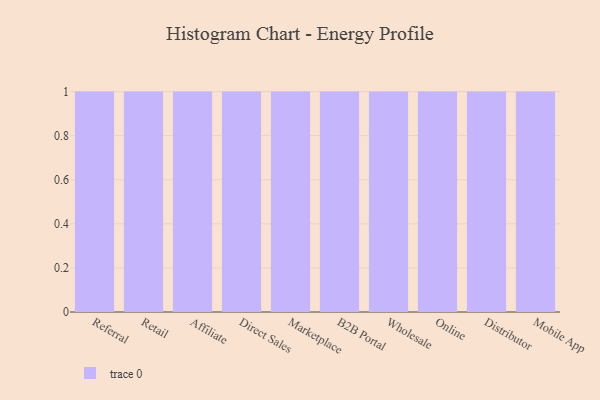
{"axis": {"x": "Channel", "y": "Gross Profit (USD K)"}, "legend": [""], "data": [{"x": "Referral", "y": 19, "type": ""}, {"x": "Retail", "y": 32, "type": ""}, {"x": "Affiliate", "y": 67, "type": ""}, {"x": "Direct Sales", "y": 6, "type": ""}, {"x": "Marketplace", "y": 85, "type": ""}, {"x": "B2B Portal", "y": 90, "type": ""}, {"x": "Wholesale", "y": 31, "type": ""}, {"x": "Online", "y": 87, "type": ""}, {"x": "Distributor", "y": 55, "type": ""}, {"x": "Mobile App", "y": 55, "type": ""}]}